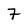
Character: 7